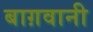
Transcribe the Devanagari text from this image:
बाग़वानी